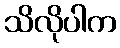
သိလိုပါက